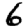
Digit: 6